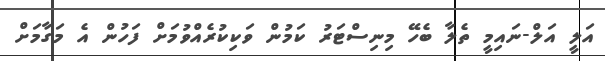
އަލީ އަލް-ނައިމީ ތެލާ ބެހޭ މިނިސްޓަރު ކަމުން ވަކިކުރެއްވުމަށް ފަހުން އެ މަގާމަށް